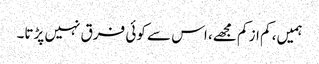
ہمیں، کم از کم مجھے، اس سے کوئی فرق نہیں پڑتا۔